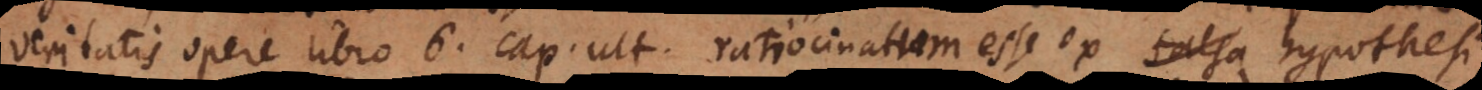
Veritatis opere libro 6. cap. ult. ratiocinatum esse ex hypothesi